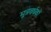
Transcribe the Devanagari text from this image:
मूत्रवर्धकों